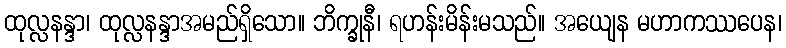
ထုလ္လနန္ဒာ၊ ထုလ္လနန္ဒာအမည်ရှိသော။ ဘိက္ခုနီ၊ ရဟန်းမိန်းမသည်။ အယျေန မဟာကဿပေန၊